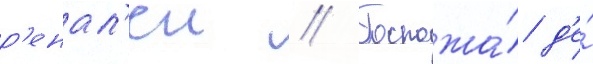
р'енал'еи // Госпожа́ д'е́